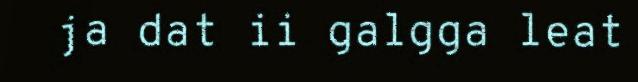
ja dat ii galgga leat